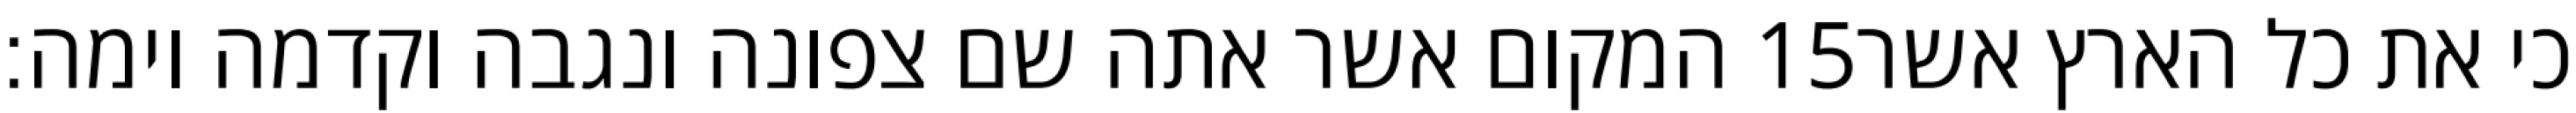
המקום אשר אתה שם צפונה ונגבה וקדמה וימה׃ ‎15‏ כי את כל הארץ אשר